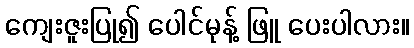
ကျေးဇူးပြု၍ ပေါင်မုန့် ဖြူ ပေးပါလား။